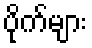
ပိုက်များ